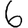
Digit: 6